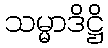
သမ္မာဒိဋ္ဌိ